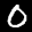
Label: 0